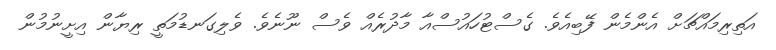
އަތިރިމައްޗަށް އެންމެން ފޭބިއެވެ. ގެސްޓުހައުސްއާ މާދުރެއް ވެސް ނޫނެވެ. ވެލިގަނޑުމަތީ ރިޔާން އިށީނުމުން